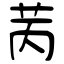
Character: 苪